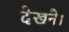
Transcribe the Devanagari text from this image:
देखने।